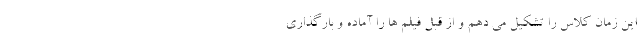
این زمان کلاس را تشکیل می دهم و از قبل فیلم ها را آماده و بارگذاری